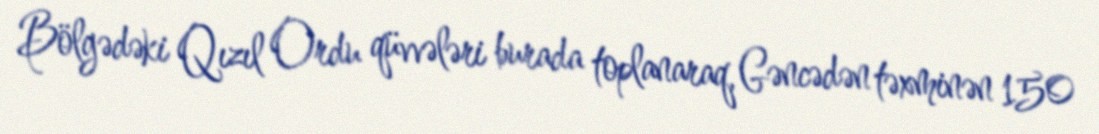
Bölgədəki Qızıl Ordu qüvvələri burada toplanaraq, Gəncədən təxminən 150